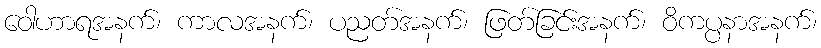
ဝေါဟာရအနက်၊ ကာလအနက်၊ ပညတ်အနက်၊ ဖြတ်ခြင်းအနက်၊ ဝိကပ္ပနာအနက်၊